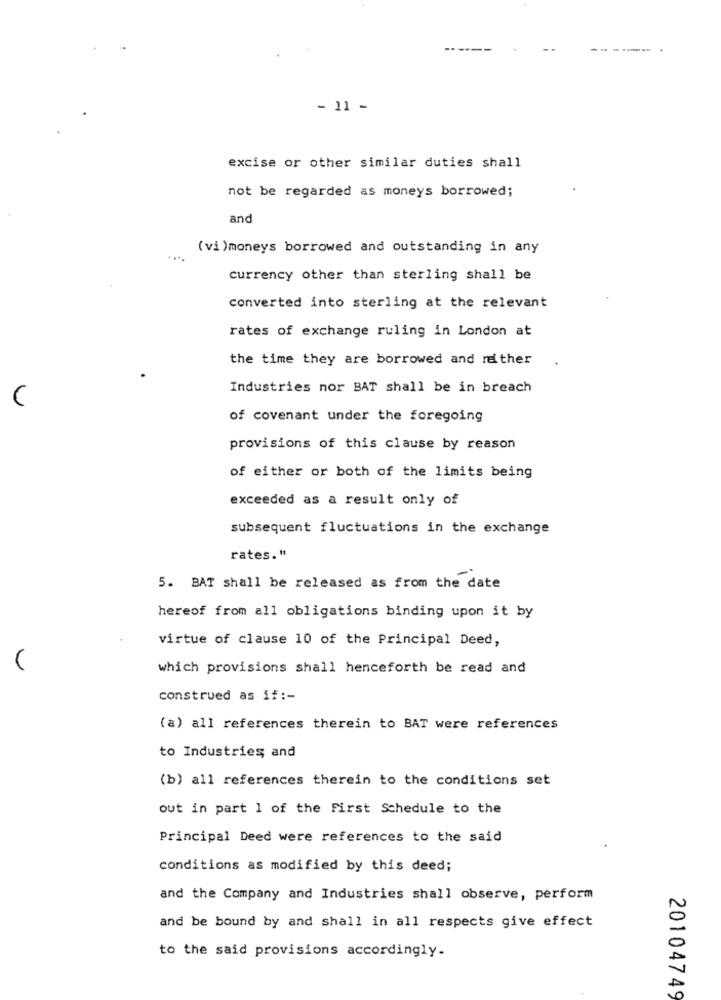
- -
- 11 -
excise or other similar duties shall
not be regarded as moneys borrowed;
and
(vi )moneys borrowed and outstanding in any
currency other than sterling shall be
converted into sterling at the relevant
rates of exchange ruling in London at
the time they are borrowed and neither
Industries nor BAT shall be in breach
C
of covenant under the foregoing
provisions of this clause by reason
of either or both of the limits being
exceeded as a result only of
subsequent fluctuations in the exchange
rates."
5. BAT shall be released as from the date
hereof from all obligations binding upon it by
virtue of clause 10 of the Principal Deed,
which provisions shall henceforth be read and
construed as if :-
(a) all references therein to BAT were references
to Industries and
(b) all references therein to the conditions set
out in part 1 of the First Schedule to the
Principal Deed were references to the said
conditions as modified by this deed;
and the Company and Industries shall observe, perform
and be bound by and shall in all respects give effect
to the said provisions accordingly.
20104749